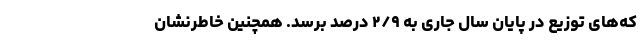
که‌های توزیع در پایان سال جاری به ۲/۹ درصد برسد. همچنین خاطرنشان